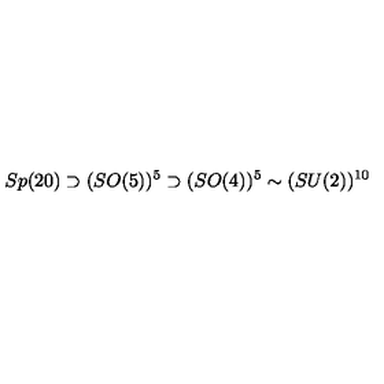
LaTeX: S p ( 2 0 ) \supset ( S O ( 5 ) ) ^ { 5 } \supset ( S O ( 4 ) ) ^ { 5 } \sim ( S U ( 2 ) ) ^ { 1 0 }